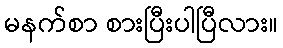
မနက်စာ စားပြီးပါပြီလား။